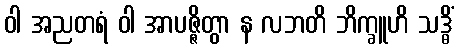
ဝါ အညတရံ ဝါ အာပဇ္ဇိတွာ န လဘတိ ဘိက္ခူဟိ သဒ္ဓိံ